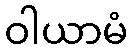
ဝါယာမံ